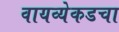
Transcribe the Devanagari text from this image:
वायव्येकडचा